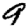
Digit: 9